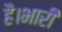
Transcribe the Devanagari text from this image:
है।भारी